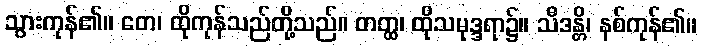
သွားကုန်၏။ တေ၊ ထိုကုန်သည်တို့သည်။ တတ္ထ၊ ထိုသမုဒ္ဒရာ၌။ သီဒန္တိ၊ နစ်ကုန်၏။